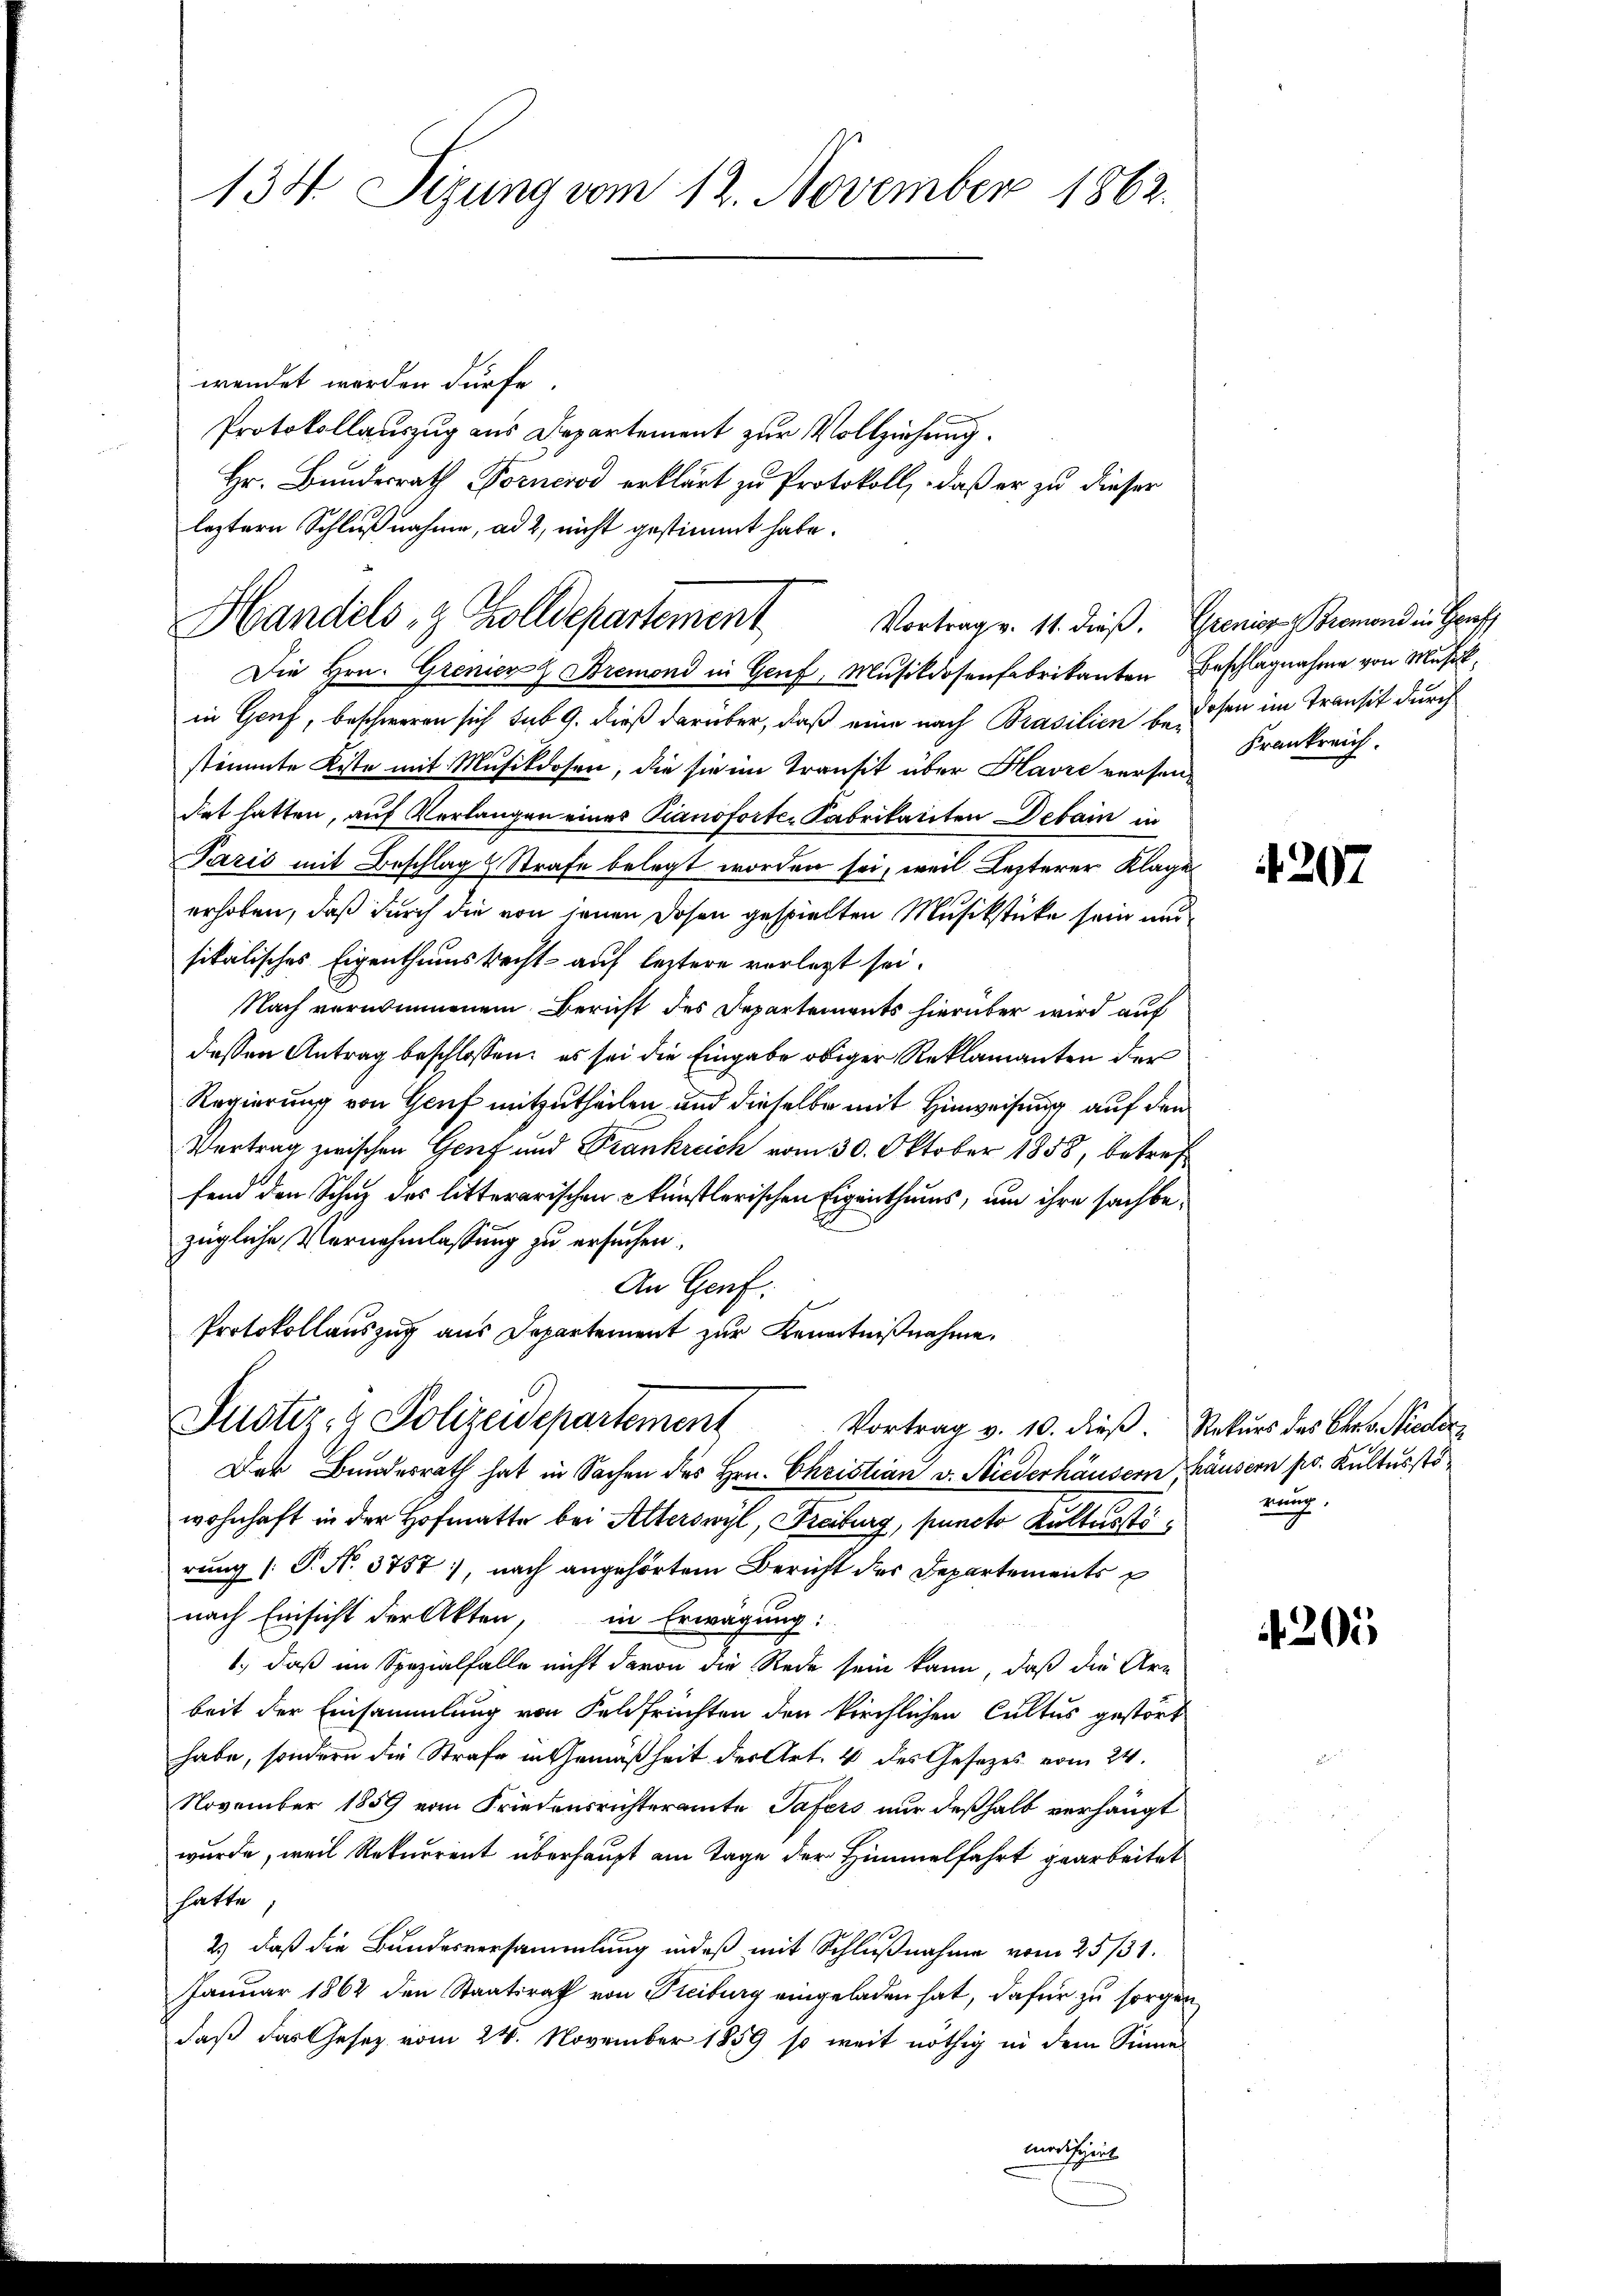
134. Sizung vom 12. November 1862.

Die Hrn. Grenier & Bremond in Genf, Musikdosenfabrikanten
in Genf, beschweren sich sub 9. dieß darüber, daß eine nach Prasilien bediesen im Transit durch
stimmte Kiste mit Musikdosen, die sie im Transit über Havre versendet hatten, auf Verlangen eines Pianoforte Fabrikaliten Debain in
Pazić mit Beschlag Strafe belegt worden sei, weil Lezterer Klage
erhoben, daß durch die von jenen Dosen gespielten Musikstücke sein und
sikalisches Eigenthumsrecht auf letztere vorlegt sei.
Nach vernommenem Bericht des Departements hierüber wird auf
dessen Antrag beschlossen: es sei die Eingabe obiger Reklamanten der
Regierung von Genf mitzutheilen und dieselbe mit Hinweisung auf den
Vertrag zwischen Genf und Frankreich vom 30. Oktober 1858, betreffend den Schutz des litterarischen künstlerischen Eigenthums, um ihre sachbezügliche Vernahmlassung zu ersuchen.
An Genf.
Protokollauszug aus Departement zur Kenntnißnahme.
Justiz- & Polizeidepartement Vortrag v. 10. dieβ.
Der Bundesrath hat in Sachen des Hrn. Christian v. Niederhäusern, Häusern pr. Kulturstöwohnhaft in der Hofmatte bei Alterswyl, Freiburg, puncto Kulturstirung P. N. 3757, nach angehörtem Bericht des Departements
nach Einsicht der Akten, in Erwägung:
1., daß im Spezialfalle nicht davon die Rede sein kann, daß die Arn
beit der Einsammlung von Feldfrüchten den kirchlichen Cultus gestört
habe, sondern die Strafe in Gemäßheit der Art. 4 des Gesezes vom 24.
November 1859 vom Friedensrichteramte Tafers nur deßhalb verhängt
wurde, weil Rekurrent überhaupt am Tage der Himmelfahrt gearbeitet
hatte
2.) daß die Bundesversammlung indeß mit Schlußnahme vom 25/31.
Januar 1864 den Staatsrath von Freiburg eingeladen hat, dafür zu sorge
daß das Gesez vom 24. November 1859 so weit nöthig in dem Sinne
modifiziert

wendet werden dürfe.
Protokollauszug aus Departement zur Vollziehung.
Hr. Bundesrath Dornerod erklärt zu Protokoll, daß er zu dieser
leztern Schlußnahme, ad 2, nicht gestimmt habe.
Handels, z. Zolldepartement

Vortrag v. 11. dieβ. Grenior Bremond in Genf
Beschlagnahme von Musik,
Frankreich.

207

Rekurs das Chr. Nieder
rung.

¬

t

205